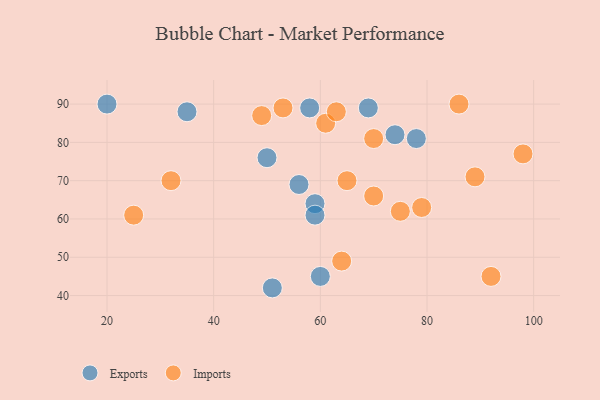
{"axis": {"x": "GDP", "y": "Life Expectancy"}, "legend": ["Exports", "Imports"], "data": [{"x": "50", "y": 76, "type": "Exports"}, {"x": "56", "y": 69, "type": "Exports"}, {"x": "59", "y": 64, "type": "Exports"}, {"x": "78", "y": 81, "type": "Exports"}, {"x": "35", "y": 88, "type": "Exports"}, {"x": "51", "y": 42, "type": "Exports"}, {"x": "58", "y": 89, "type": "Exports"}, {"x": "69", "y": 89, "type": "Exports"}, {"x": "59", "y": 61, "type": "Exports"}, {"x": "20", "y": 90, "type": "Exports"}, {"x": "60", "y": 45, "type": "Exports"}, {"x": "74", "y": 82, "type": "Exports"}, {"x": "32", "y": 70, "type": "Imports"}, {"x": "61", "y": 85, "type": "Imports"}, {"x": "65", "y": 70, "type": "Imports"}, {"x": "92", "y": 45, "type": "Imports"}, {"x": "70", "y": 81, "type": "Imports"}, {"x": "75", "y": 62, "type": "Imports"}, {"x": "86", "y": 90, "type": "Imports"}, {"x": "25", "y": 61, "type": "Imports"}, {"x": "64", "y": 49, "type": "Imports"}, {"x": "70", "y": 66, "type": "Imports"}, {"x": "98", "y": 77, "type": "Imports"}, {"x": "49", "y": 87, "type": "Imports"}, {"x": "63", "y": 88, "type": "Imports"}, {"x": "79", "y": 63, "type": "Imports"}, {"x": "53", "y": 89, "type": "Imports"}, {"x": "89", "y": 71, "type": "Imports"}]}